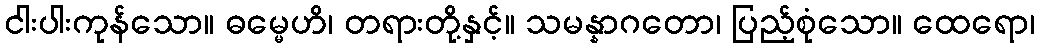
ငါးပါးကုန်သော။ ဓမ္မေဟိ၊ တရားတို့နှင့်။ သမန္နာဂတော၊ ပြည့်စုံသော။ ထေရော၊